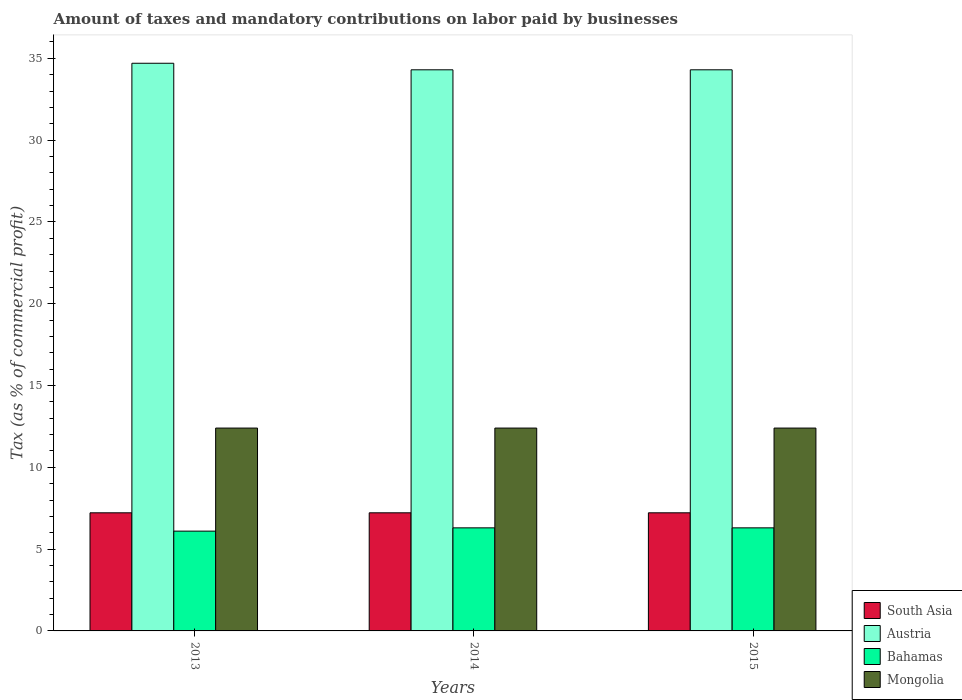
| Years | South Asia | Austria | Bahamas | Mongolia |
 | --- | --- | --- | --- | --- |
 | 2013 | 7.22 | 34.7 | 6.1 | 12.4 |
 | 2014 | 7.22 | 34.3 | 6.3 | 12.4 |
 | 2015 | 7.22 | 34.3 | 6.3 | 12.4 |